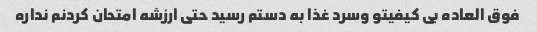
فوق العاده بی کیفیتو وسرد غذا به دستم رسید حتی ارزشه امتحان کردنم نداره